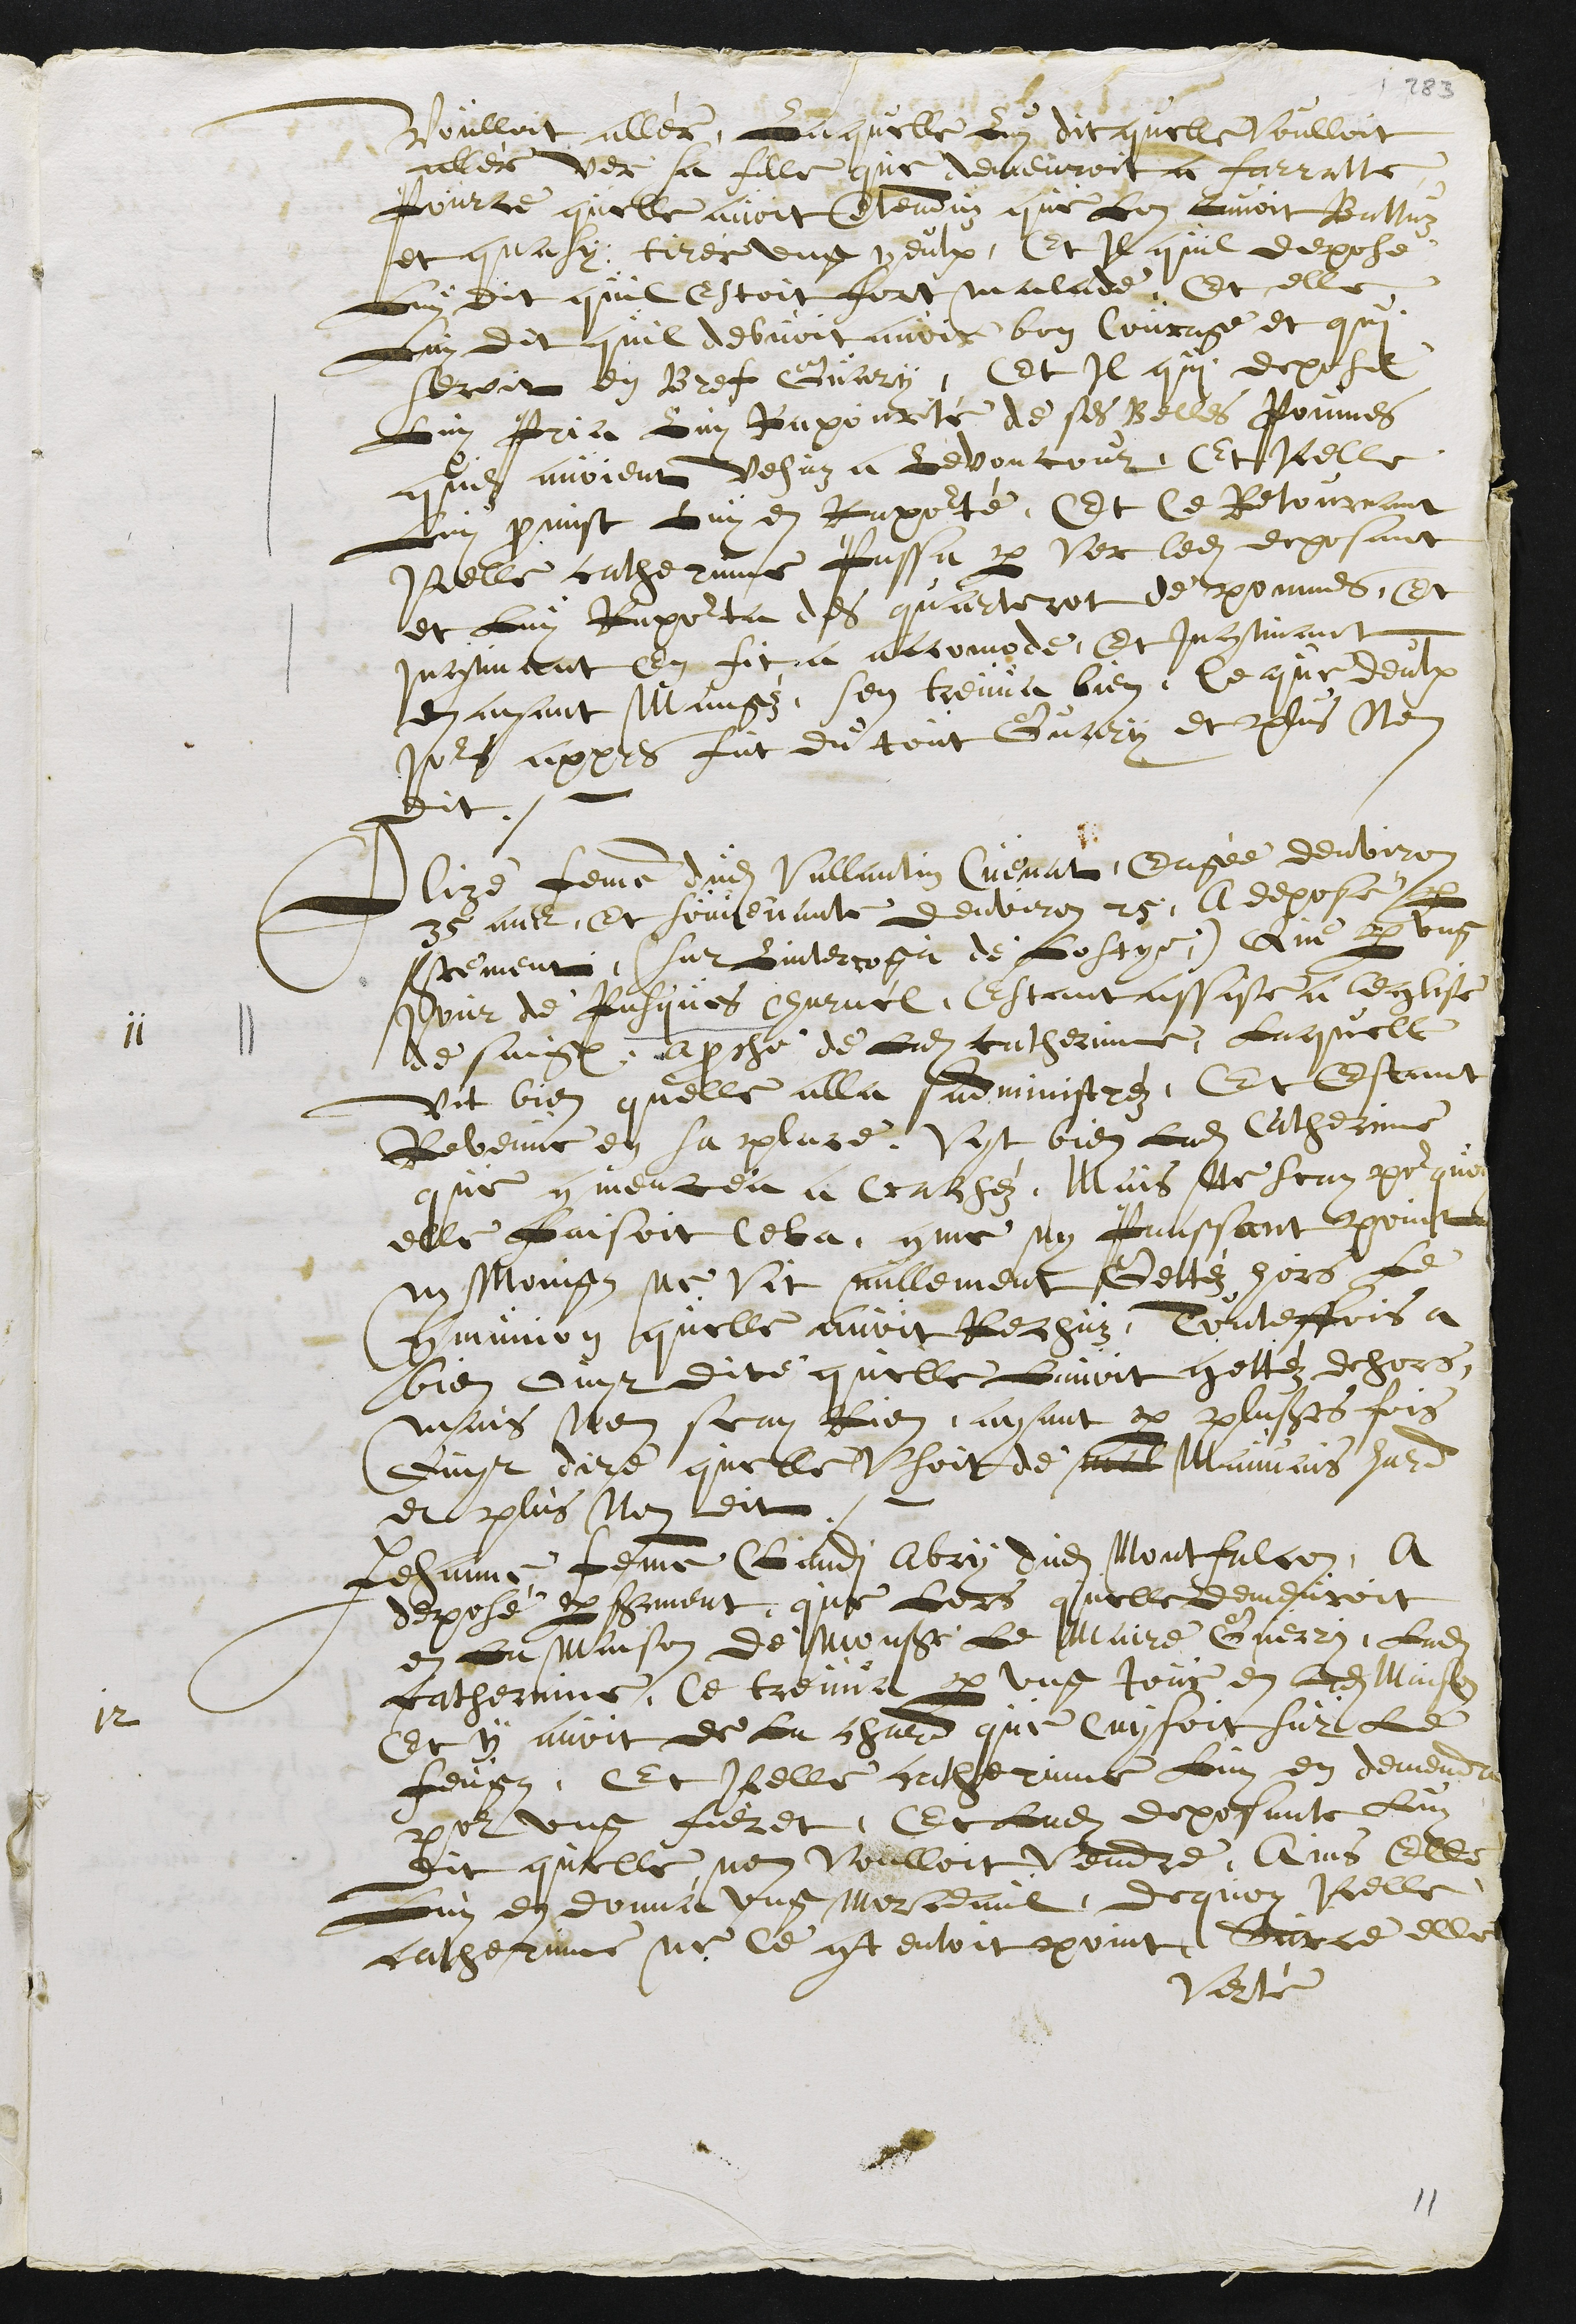
Voulloit allér, Laquelle Luy dit quelle Voulloit
allér ver sa fille que demeuroit a Ferrette
pource quelle avoit entenduz que Lon Lavoit Battuz,
et quasy tirér ung yeulx, Et Il quil depose
Luy dit quil estoit fort malade, Et elle
Luy dit quil debvoit avoir bon Courage et qui
seroit en Bref Guary, Et Il qui depose
Luy Pria Luy Rapourté de ses Belles Poumes
quilz avoient vehuz a Levoncour. Et Illec
Luy promist Luy en Rapourté, Et ce Retournant
Icelle catherinne Passa par ver ledit deposant
et Luy Rapourta des quarterot de pommes, Et
Incontinant en fit a accomode, Et Incontinant
en ayant Mangéz, sen treuva bien, Ce que deulx
Jours appres fut du tout Guary et plus nen
dit.
11
Alise femme dudit Vallantin Cuenat, Eagée denviron
35 ans, Et souvenante denviron 25, A deposé par
serement (sur Linteroga de Lostye) Que par ung
Jour de Pasques Charnel, Estant assise a leglise
de Saignelégier, aproche de Ladite catherinne, Laquelle
Vit bien quelle alla sadministréz, Et Estant
Revenue en sa place, Vyt bien Ladite Catherinne
que commencea a Crachéz. Mais Ne scay pour quoy
elle faisoit Cela, comme ny Panssant point
ny Moingz ne Vit nullement Gettéz hors Le
communion quelle avoit Rechuz, Touteffois a
bien ouyt dire quelle Lavoit gettéz dehors,
mais Nen scay Rien, ayant par plusieurs fois
ouyt dire quelle Usoit de mal mauvais hard
et plus Nen dit.
12
Jehanne femme Claudi Abry dudit Montfalcon, A
deposé par serment que Lors quelle demeuroit
en la Maison de Monsieur Le Maire Guerry, Ladite
catherinne, ce treuva par ung Jour en ladite Maison
Et y avoit de la chaird que cuysoit sur le
feugz, Et icelle catherinne Luy en demenda
pour ung fieret, Et Ladite deposante Luy
dit quelle nen Voulloit Vendre, Ains Elle
Luy en donna ung morceaul, dequoy Icelle
catherinne ne ce contentoit point, Sur ce elle
Verté